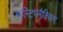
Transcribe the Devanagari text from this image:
मल्टिप्लैक्सिंग